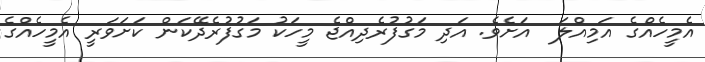
އެމީހެއްގެ އަމިއްލަ  އަށެވެ. އަދި މަގުފުރެދިއްޖެ މީހަކު މަގުފުރެދޭކަން ކަށަވަރީ އެމީހެއްގެ